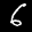
Label: 6